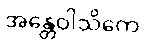
အန္တေဝါသိကေ